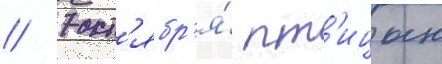
// 7 окт'ябр'я́ пт'ицын